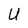
Character: U